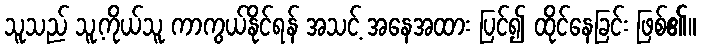
သူသည် သူ့ကိုယ်သူ ကာကွယ်နိုင်ရန် အသင့် အနေအထား ပြင်၍ ထိုင်နေခြင်း ဖြစ်၏။